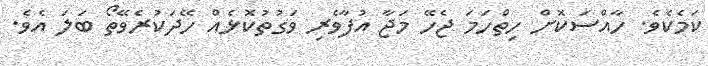
ކަމެކެވެ. ހާއްސަކޮށް ހިތްހަމަ ޖެހޭ މަޖާ އުފާވެރި ވަގުތުކޮޅެއް ހޭދަކުރެވޭތޯ ބަލަ އެވެ.